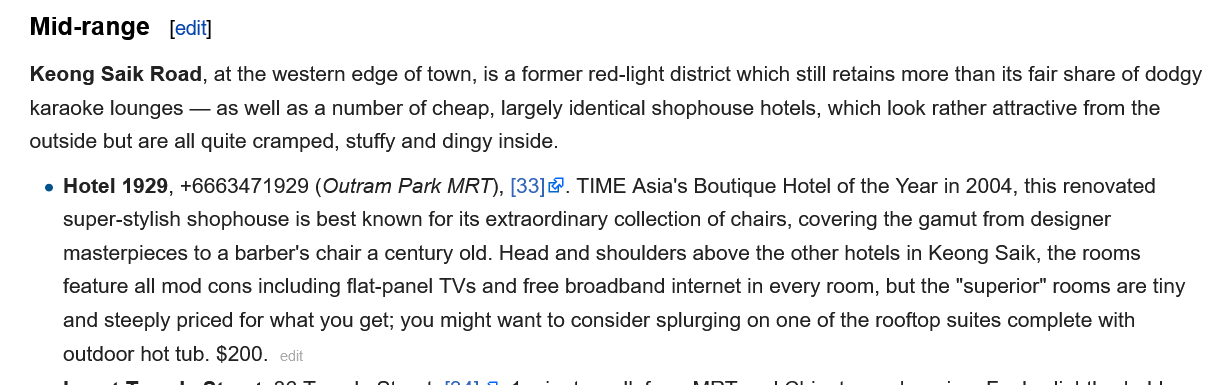
Mid-range
   Keong Saik Road, at the western edge of town, is a former red-light district which still retains more than its fair share of dodgy
   karaoke lounges — as well as a number of cheap, largely identical shophouse hotels, which look rather attractive from the
   outside but are all quite cramped, stuffy and dingy inside.
     e MOtel T92Y, FOOOI4 f 1929 (UUTram Fark MIX! ), |\oo|&. IIVIE Asia's boutique Motel of the year in 2UU4, this renovated
     super-stylish shophouse is best known for its extraordinary collection of chairs, covering the gamut from designer
     masterpieces to a barber's chair a century old. Head and shoulders above the other hotels in Keong Saik, the rooms
     feature all mod cons including flat-panel TVs and free broadband internet in every room, but the "superior" rooms are ti
     and steeply priced for what you get; you might want to consider splurging on one of the rooftop suites complete with
     outdoor hot tub. $200.
     [edit]